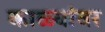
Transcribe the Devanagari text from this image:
काळ्यांवर